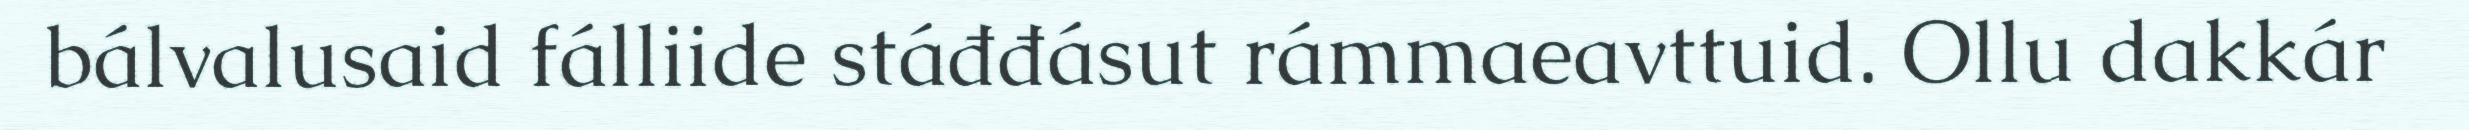
bálvalusaid fálliide stáđđásut rámmaeavttuid. Ollu dakkár